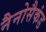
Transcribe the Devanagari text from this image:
नैनोसैकंड